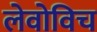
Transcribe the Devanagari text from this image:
लेवोविच